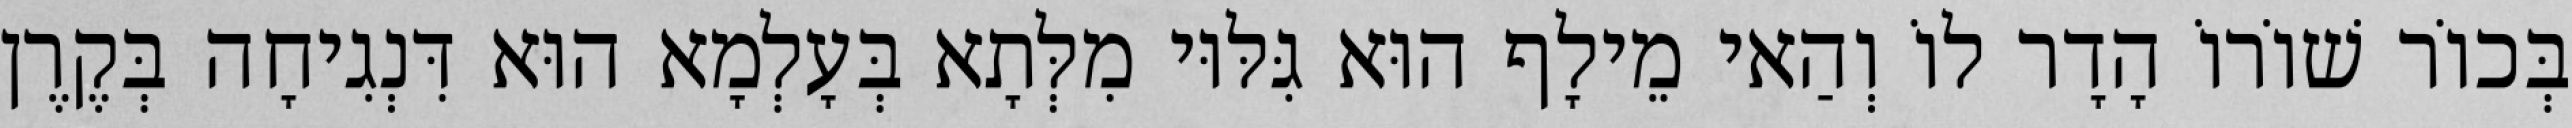
בְּכוֹר שׁוֹרוֹ הָדָר לוֹ וְהַאי מֵילָף הוּא גִּלּוּי מִלְּתָא בְּעָלְמָא הוּא דִּנְגִיחָה בְּקֶרֶן